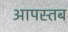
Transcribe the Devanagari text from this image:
आपस्तब